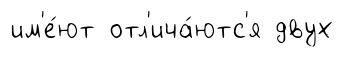
им'е́ют отл'ича́ютс'я двух